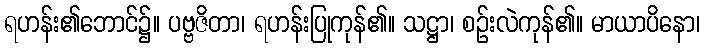
ရဟန်း၏ဘောင်၌။ ပဗ္ဗဇိတာ၊ ရဟန်းပြုကုန်၏။ သဋ္ဌာ၊ စဉ်းလဲကုန်၏။ မာယာပိနော၊